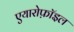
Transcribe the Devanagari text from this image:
एयारोफ़ॉइल